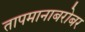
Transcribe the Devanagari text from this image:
तापमानाबरोबर